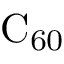
\mathrm { { C } _ { 6 0 } }